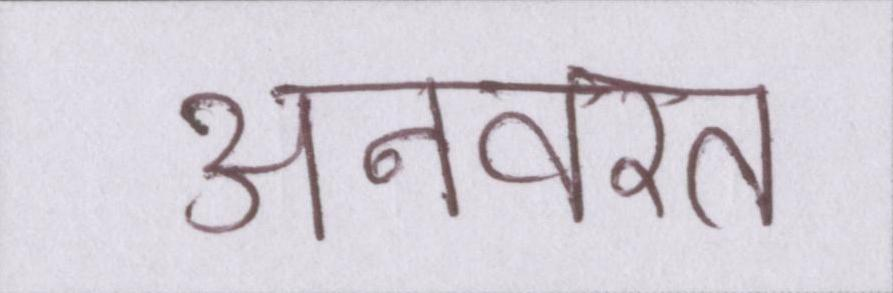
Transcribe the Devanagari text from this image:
अनवरत